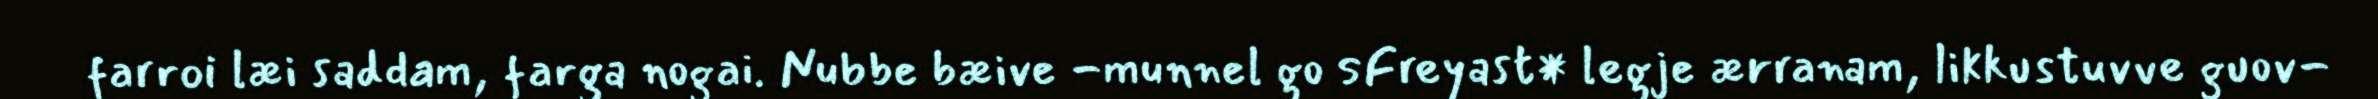
farroi læi saddam, farga nogai. Nubbe bæive -munnel go sFreyast* legje ærranam, likkustuvve guov-